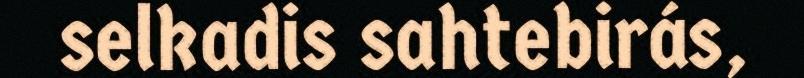
selkadis sahtebirás,